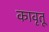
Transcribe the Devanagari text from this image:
कावृतू